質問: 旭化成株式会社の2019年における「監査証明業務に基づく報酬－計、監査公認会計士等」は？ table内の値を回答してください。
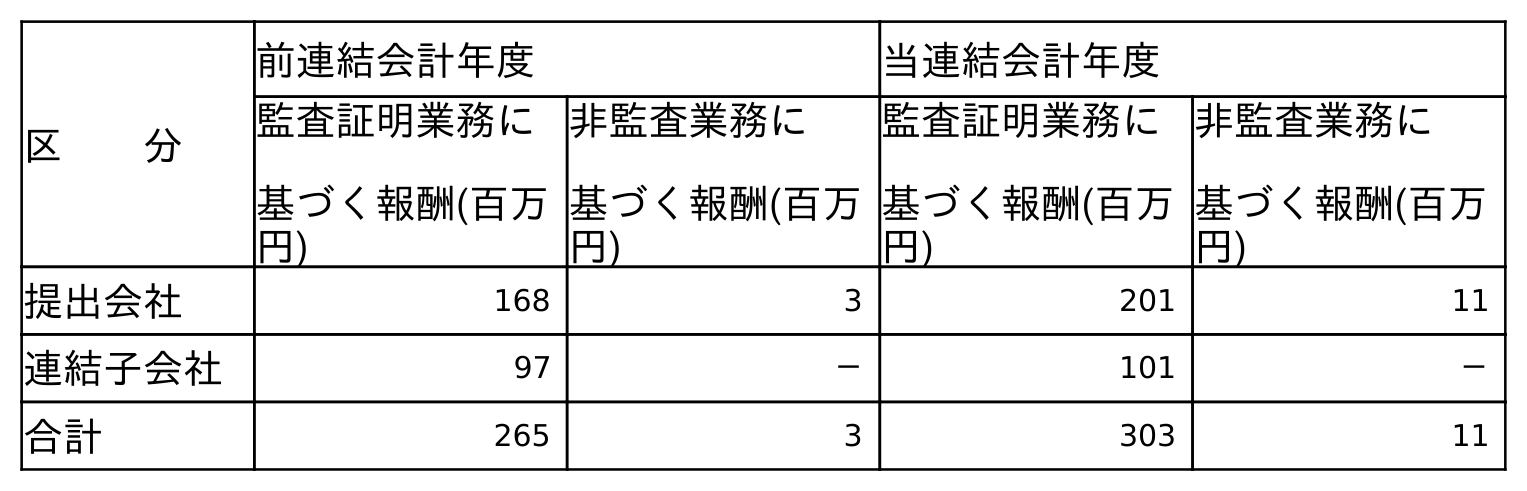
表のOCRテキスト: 区  分 前連結会計年度 当連結会計年度 監査証明業務に 基づく報酬(百万 円) 非監査業務に 基づく報酬(百万 円) 監査証明業務に 基づく報酬(百万 円) 非監査業務に 基づく報酬(百万 円) 提出会社 168 3 201 11 連結子会社 97 － 101 － 合計 265 3 303 11
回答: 265